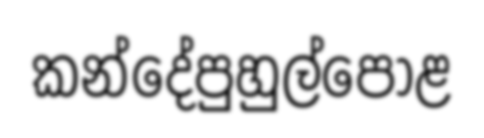
කන්දේපුහුල්පොළ